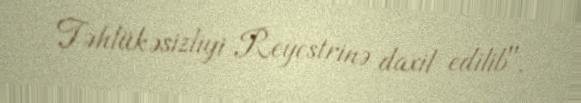
Təhlükəsizliyi Reyestrinə daxil edilib".